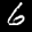
Label: 6